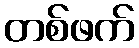
တစ်ဖက်